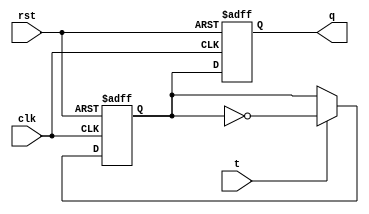
module t_ff (
    input clk,
    input rst,
    input t,
    output reg q
);

reg m_out, s_out;

// Master stage
always @(posedge clk or posedge rst)
begin
    if (rst)
        m_out <= 1'b0;
    else if (t)
        m_out <= ~m_out;
end

// Slave stage
always @(posedge clk or posedge rst)
begin
    if (rst)
        s_out <= 1'b0;
    else
        s_out <= m_out;
end

// Output
assign q = s_out;

endmodule